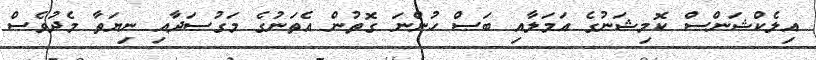
އިލެކްޝަންސް ކޮމިޝަނުގެ އަމަލާއި ބަސް ހުންނަ ގޮތުން އެތަނުގެ މަގުސަދާއި ނިޔަތާ މެދުވެސް